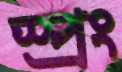
স্প্রং